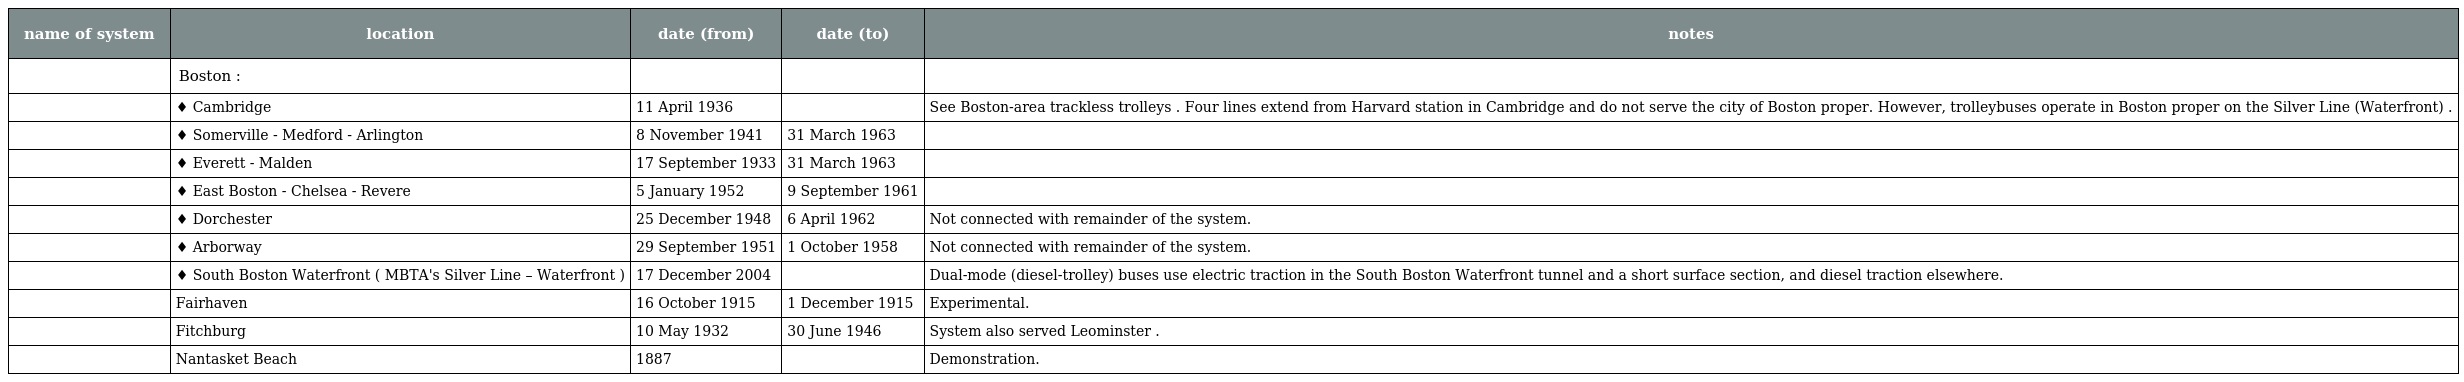
| name of system | location | date (from) | date (to) | notes |
 | --- | --- | --- | --- | --- |
 |  | Boston : |  |  |  |
 |  | ♦ Cambridge | 11 April 1936 |  | See Boston-area trackless trolleys . Four lines extend from Harvard station in Cambridge and do not serve the city of Boston proper. However, trolleybuses operate in Boston proper on the Silver Line (Waterfront) . |
 |  | ♦ Somerville - Medford - Arlington | 8 November 1941 | 31 March 1963 |  |
 |  | ♦ Everett - Malden | 17 September 1933 | 31 March 1963 |  |
 |  | ♦ East Boston - Chelsea - Revere | 5 January 1952 | 9 September 1961 |  |
 |  | ♦ Dorchester | 25 December 1948 | 6 April 1962 | Not connected with remainder of the system. |
 |  | ♦ Arborway | 29 September 1951 | 1 October 1958 | Not connected with remainder of the system. |
 |  | ♦ South Boston Waterfront ( MBTA's Silver Line – Waterfront ) | 17 December 2004 |  | Dual-mode (diesel-trolley) buses use electric traction in the South Boston Waterfront tunnel and a short surface section, and diesel traction elsewhere. |
 |  | Fairhaven | 16 October 1915 | 1 December 1915 | Experimental. |
 |  | Fitchburg | 10 May 1932 | 30 June 1946 | System also served Leominster . |
 |  | Nantasket Beach | 1887 |  | Demonstration. |